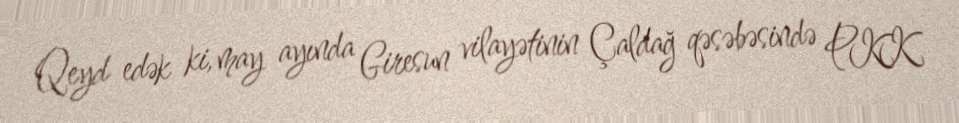
Qeyd edək ki, may ayında Giresun vilayətinin Çaldağ qəsəbəsində PKK